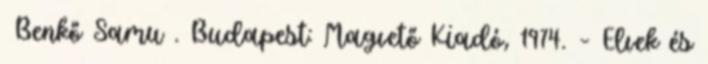
Benkő Samu . Budapest: Magvető Kiadó, 1974. – Elvek és